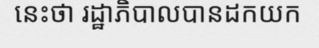
នេះថា រដ្ឋាភិបាលបានដកយក